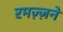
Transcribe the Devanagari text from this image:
रमज़्ज़ने